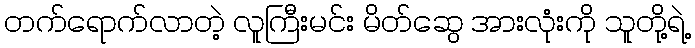
တက်ရောက်လာတဲ့ လူကြီးမင်း မိတ်ဆွေ အားလုံးကို သူတို့ရဲ့